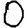
Digit: 0